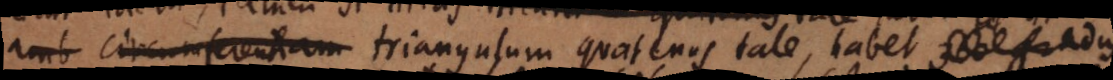
circumferentiam triangulum quatenus tale, habet